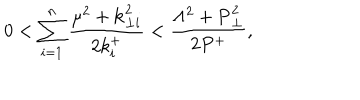
0 < \sum _ { i = 1 } ^ { n } \frac { \mu ^ { 2 } + { \bf k } _ { \perp i } ^ { 2 } } { 2 k _ { i } ^ { + } } < \frac { \Lambda ^ { 2 } + { \bf P } _ { \perp } ^ { 2 } } { 2 P ^ { + } } ,